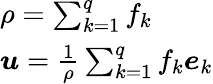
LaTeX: \begin{array}{l}{\rho=\sum_{k=1}^{q}f_{k}}\\ {\boldsymbol{u}=\frac{1}{\rho}\sum_{k=1}^{q}f_{k}\boldsymbol{e}_{k}}\end{array}